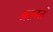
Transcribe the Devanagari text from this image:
अतस्तं